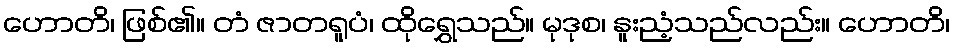
ဟောတိ၊ ဖြစ်၏။ တံ ဇာတရူပံ၊ ထိုရွှေသည်။ မုဒုစ၊ နူးညံ့သည်လည်း။ ဟောတိ၊